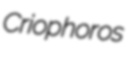
Criophoros